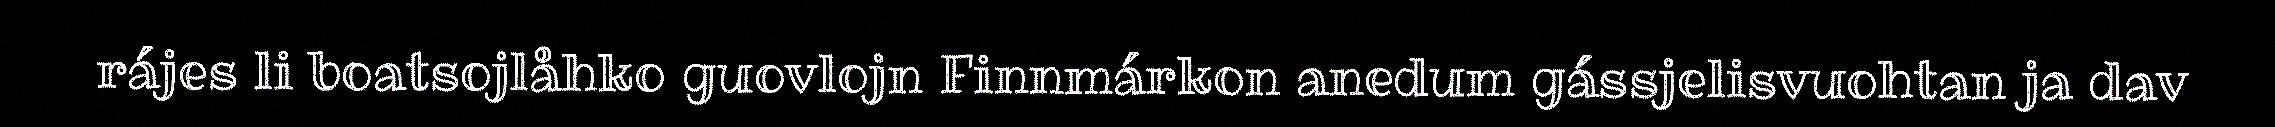
rájes li boatsojlåhko guovlojn Finnmárkon anedum gássjelisvuohtan ja dav